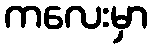
ကလေးမှာ